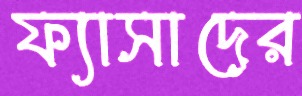
ফ্যাসাদের